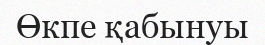
Өкпе қабынуы